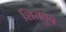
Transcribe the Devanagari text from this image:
शिरांतून